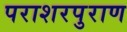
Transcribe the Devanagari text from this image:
पराशरपुराण